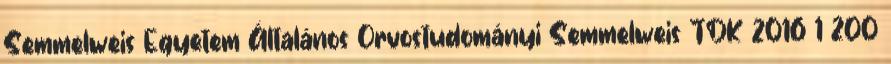
Semmelweis Egyetem Általános Orvostudományi Semmelweis TDK 2016 1 200